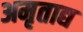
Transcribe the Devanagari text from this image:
अमृताद्य